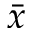
\bar { x }